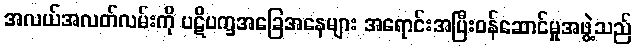
အလယ်အလတ်လမ်းကို ပဋိပက္ခအခြေအနေများ အရောင်းအပြီးဝန်ဆောင်မှုအဖွဲ့သည်